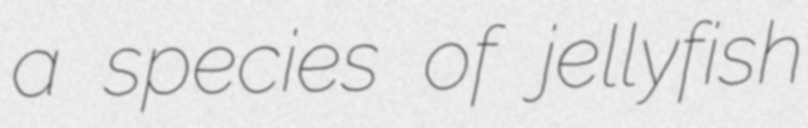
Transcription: a species of jellyfish